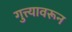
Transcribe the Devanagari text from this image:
गुत्त्यावरून